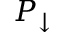
P _ { \downarrow }